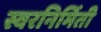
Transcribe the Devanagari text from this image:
स्वरनिर्मिती